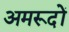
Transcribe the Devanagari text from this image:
अमरूदों